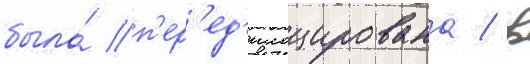
была́ п'ер'ед'ислоцирована / в